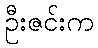
ဦးဇင်းက